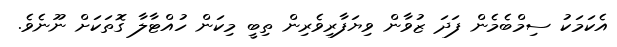
އެކަމަކު ސިމްބެމެން ފަދަ ޒުވާން ވިޔަފާރިވެރިން ތިބީ މިކަން ހުއްޓާލާ ގޮތަކަށް ނޫނެވެ.